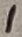
Text: 1